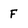
Character: F